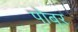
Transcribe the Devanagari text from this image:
पोबर